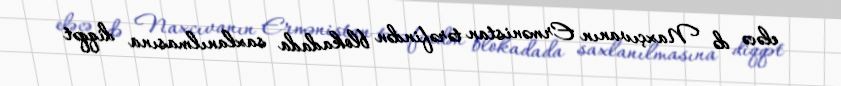
eləcə də Naxçıvanın Ermənistan tərəfindən blokadada saxlanılmasına diqqət